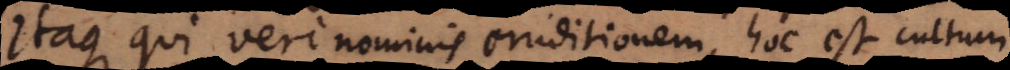
Itaque qui veri nominis eruditionem, hoc est cultum